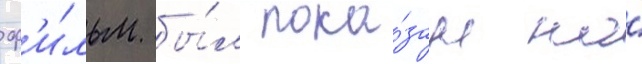
ф'и́льм бы́л пока́зан на́